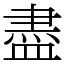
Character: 盡